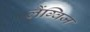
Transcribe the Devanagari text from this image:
लैंग्विज